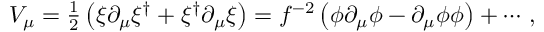
V _ { \mu } = { \textstyle \frac { 1 } { 2 } } \left( \xi \partial _ { \mu } \xi ^ { \dagger } + \xi ^ { \dagger } \partial _ { \mu } \xi \right) = f ^ { - 2 } \left( \phi \partial _ { \mu } \phi - \partial _ { \mu } \phi \phi \right) + \cdots \, ,